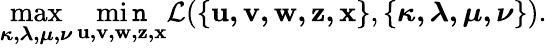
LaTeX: \operatorname*{max}_{\boldsymbol{\kappa,\lambda,\mu,\nu}}\operatorname*{mi\mathtt{n}}_{\mathbf{{u,v,w,z,x}}}\mathcal{{L}}(\{ \mathbf{{u,v,w,z,x}}\} ,\{ \boldsymbol{\kappa,\lambda,\mu,\nu}\} ).